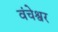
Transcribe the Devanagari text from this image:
वंचेश्वर